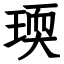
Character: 瑌